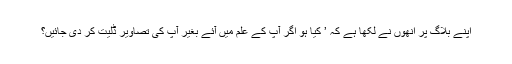
اپنے بلاگ پر انھوں نے لکھا ہے کہ ’ کیا ہو اگر آپ کے علم میں آئے بغیر آپ کی تصاویر ڈلیت کر دی جائیں؟